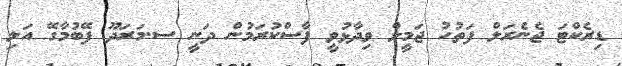
ޑިރެކްޓަ ޖެނެރަލް ފަތުހު ޖަމީލް ވިދާޅުވީ ފާސްކުރަމުން ދަނީ ސ.މަރަދޫ ފޭބުމާގޭ އަލި